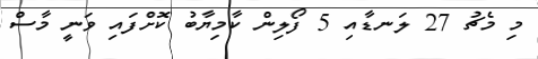
މި މެޗު 27 ލަނޑާއި 5 ފޯލިން ކާމިޔާބު ކޮށްފައި ވަނީ މާސް